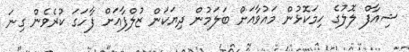
ޝިއާފް ލޮލުގެ ހިމަކޮޅުން މައުވާއަށް ބަލަމުން ދިޔަކަން ޒުލްފާއަށް ފާހަގަ ކުރެވެން ގިނަ